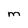
Character: M